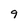
Character: 9